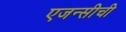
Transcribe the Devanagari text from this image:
एजन्सीची